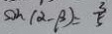
\sin ( \alpha - \beta ) = \frac { 3 } { 5 }